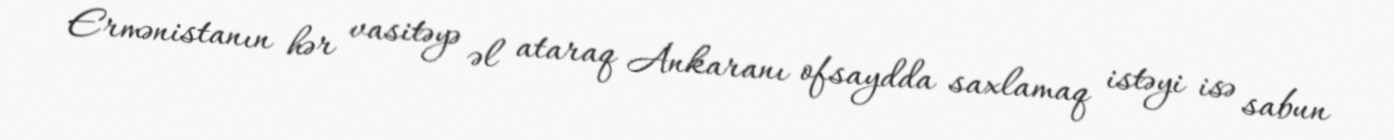
Ermənistanın hər vasitəyə əl ataraq Ankaranı ofsaydda saxlamaq istəyi isə sabun